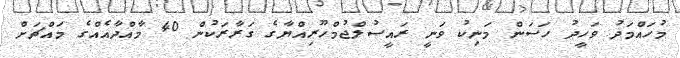
މުހައްމަދު ވަހީދު ހަސަން މަނިކު ވަނީ ރައީސުލްޖުމްހޫރިއްޔާގެ ގަރާރަކުން 40 މާއްދާއެއްގެ މައްޗަށް